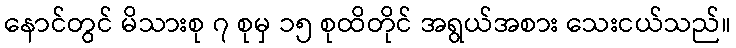
နောင်တွင် မိသားစု ၇ စုမှ ၁၅ စုထိတိုင် အရွယ်အစား သေးငယ်သည်။